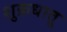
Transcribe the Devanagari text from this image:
शुक्रधातू